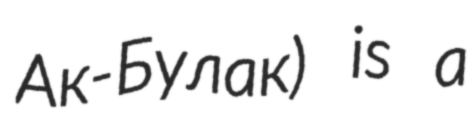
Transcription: Ак-Булак) is a